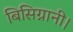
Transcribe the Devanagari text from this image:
बिसिग्नानी।